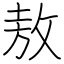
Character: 敖